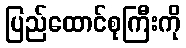
ပြည်ထောင်စုကြီးကို